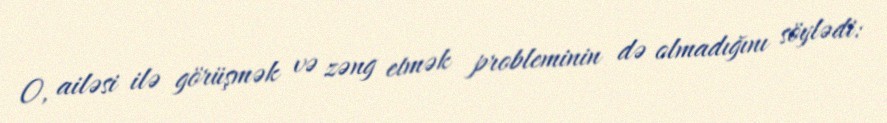
O, ailəsi ilə görüşmək və zəng etmək probleminin də olmadığını söylədi: